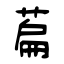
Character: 萹